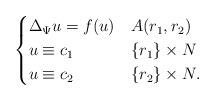
LaTeX: \begin{align*}\begin{cases} \Delta_\Psi u = f (u) & A(r_{1},r_{2}) \\ u \equiv c_{1} & \{ r_{1} \}\times N \\ u \equiv c_{2} &\{r_{2}\} \times N.\end{cases}\end{align*}